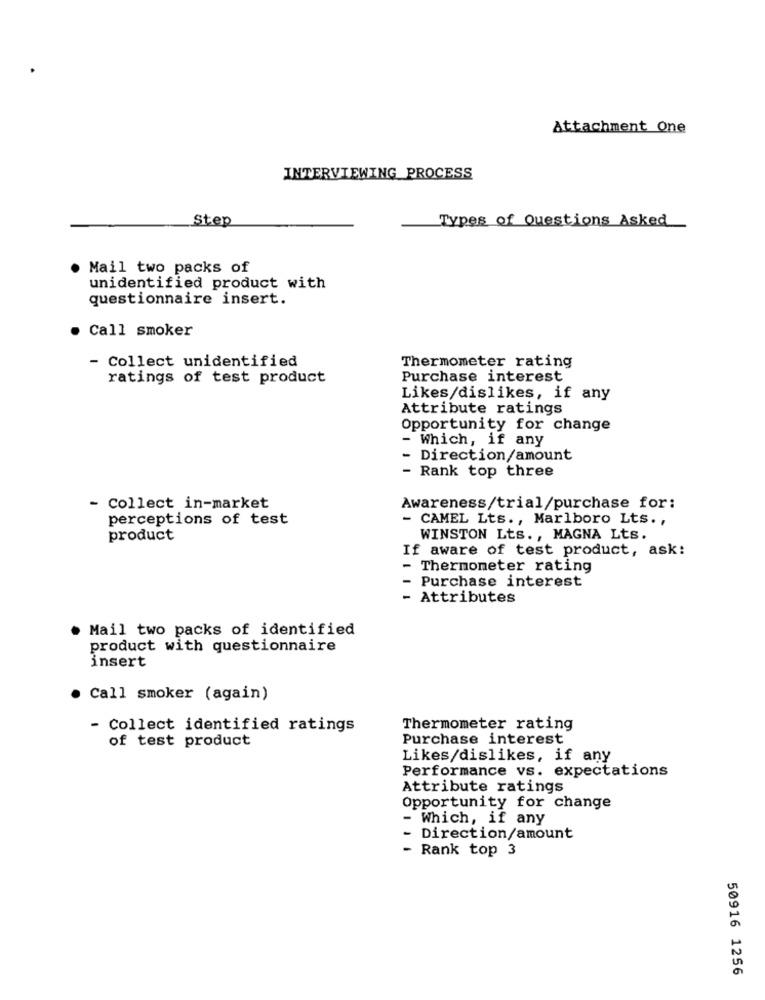
Attachment One
INTERVIEWING PROCESS
Step
Types of Questions Asked
Mail two packs of
unidentified product with
questionnaire insert.
. Call smoker
- Collect unidentified
Thermometer rating
ratings of test product
Purchase interest
Likes/dislikes, if any
Attribute ratings
Opportunity for change
- Which, if any
Direction/amount
- Rank top three
- Collect in-market
Awareness/trial/purchase for:
perceptions of test
- CAMEL Lts ., Marlboro Lts .,
product
WINSTON Lts ., MAGNA Lts.
If aware of test product, ask:
- Thermometer rating
- Purchase interest
- Attributes
Mail two packs of identified
product with questionnaire
insert
Call smoker (again)
- Collect identified ratings
Thermometer rating
of test product
Purchase interest
Likes/dislikes, if any
Performance vs. expectations
Attribute ratings
Opportunity for change
- Which, if any
- Direction/amount
- Rank top 3
50916 1256